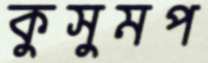
কুসুমপ